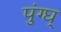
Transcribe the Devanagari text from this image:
पुंग्घ्